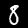
Label: 8